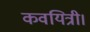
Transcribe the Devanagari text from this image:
कवयित्री।